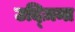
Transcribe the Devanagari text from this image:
उद्ज़िमा